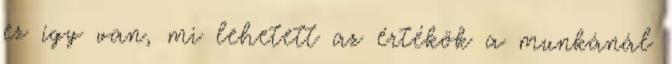
ez így van, mi lehetett az értékök a munkánál